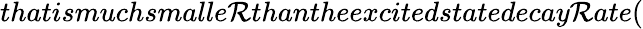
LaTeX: thatismuchsmalle\mathcal{R}thantheexcitedstatedecay\mathcal{R}ate(